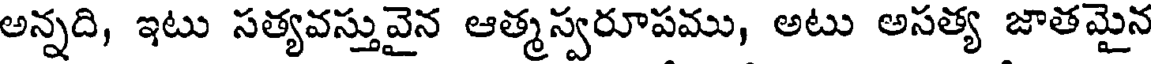
అన్నది, ఇటు సత్యవస్తువైన ఆత్మస్వరూపము, అటు అసత్య జాతమైన